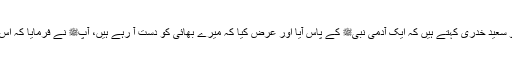
1472: سیدنا ابو سعید خدریؓ کہتے ہیں کہ ایک آدمی نبیﷺ کے پاس آیا اور عرض کیا کہ میرے بھائی کو دست آ رہے ہیں، آپﷺ نے فرمایا کہ اس کو شہد پلا دے۔